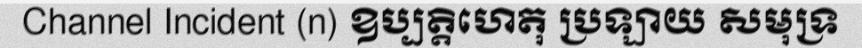
Channel Incident (n) ឧប្បត្តិហេតុ ប្រឡាយ សមុទ្រ